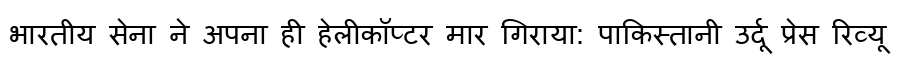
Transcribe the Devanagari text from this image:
भारतीय सेना ने अपना ही हेलीकॉप्टर मार गिराया: पाकिस्तानी उर्दू प्रेस रिव्यू